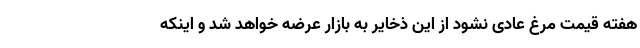
هفته قیمت مرغ عادی نشود از این ذخایر به بازار عرضه خواهد شد و اینکه